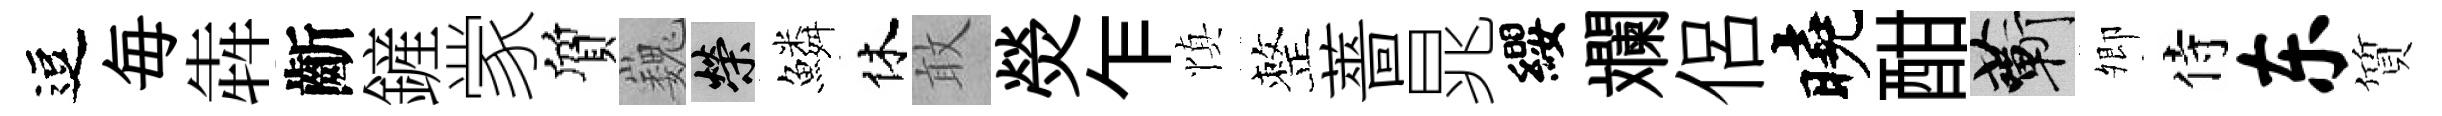
逗毎犇齗鏟䝉質巍榮鱗休敢熒乍慎整薔晁纓斕侶曉酣蔪𡖖侍东質